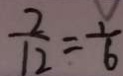
\frac { 2 } { 1 2 } = \frac { 1 } { 6 }